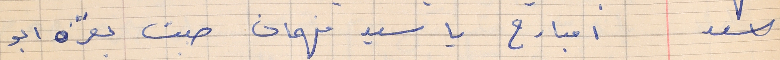
اسعد       امبارح يا سيد فهمان صبت بقرة ابو